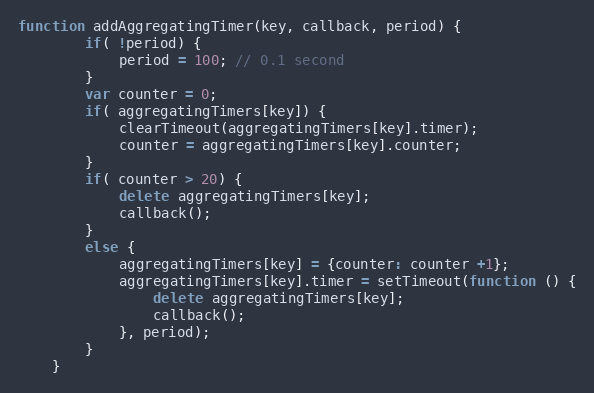
Language: JavaScript
function addAggregatingTimer(key, callback, period) {
        if( !period) {
            period = 100; // 0.1 second
        }
        var counter = 0;
        if( aggregatingTimers[key]) {
            clearTimeout(aggregatingTimers[key].timer);
            counter = aggregatingTimers[key].counter;
        }
        if( counter > 20) {
            delete aggregatingTimers[key];
            callback();
        }
        else {
            aggregatingTimers[key] = {counter: counter +1};
            aggregatingTimers[key].timer = setTimeout(function () {
                delete aggregatingTimers[key];
                callback();
            }, period);
        }
    }